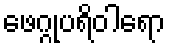
ဖေဂ္ဂုပရိဝါရော